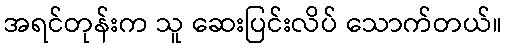
အရင်တုန်းက သူ ဆေးပြင်းလိပ် သောက်တယ်။